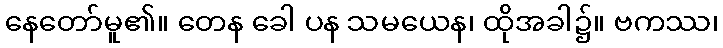
နေတော်မူ၏။ တေန ခေါ ပန သမယေန၊ ထိုအခါ၌။ ဗကဿ၊